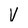
Character: V